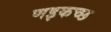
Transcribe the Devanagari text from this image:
णइकच्छ